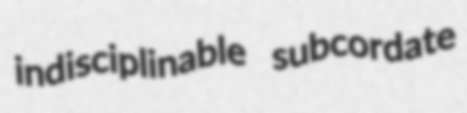
indisciplinable subcordate